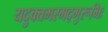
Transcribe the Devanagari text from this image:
यदुक्तमस्मद्गुरूभिः